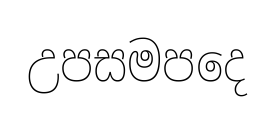
උපසමපදෙ